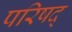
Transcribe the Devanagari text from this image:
परिषद्‍